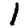
Digit: 1